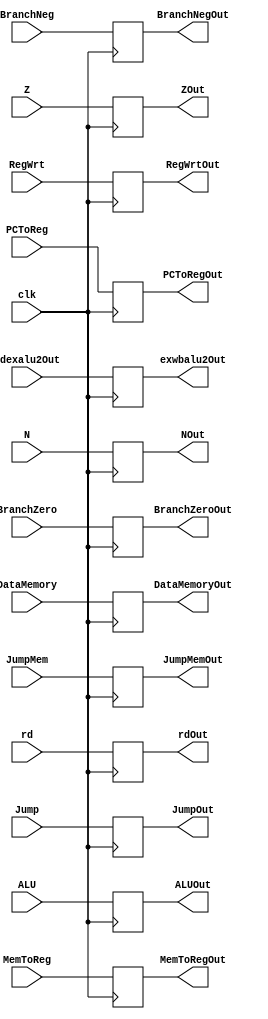
`timescale 1ns / 1ps
//////////////////////////////////////////////////////////////////////////////////
// Company: 
// Engineer: 
// 
// Design Name: 
// Module Name: exwb
// Project Name: 
// Target Devices: 
// Tool Versions: 
// Description: 
// 
// Dependencies: 
// 
// Revision:
// Revision 0.01 - File Created
// Additional Comments:
// 
//////////////////////////////////////////////////////////////////////////////////


module exwb(DataMemory,DataMemoryOut,ALU,ALUOut, clk,N,Z,RegWrt,MemToReg,PCToReg,BranchNeg,BranchZero,Jump,JumpMem,NOut,ZOut,RegWrtOut,MemToRegOut,PCToRegOut,BranchNegOut,BranchZeroOut,JumpOut,JumpMemOut,rd,rdOut,idexalu2Out,exwbalu2Out);


input clk;
input N;
input Z;
input RegWrt;
input MemToReg;
input PCToReg;
input BranchNeg;
input BranchZero;
input Jump;
input JumpMem;
input [5:0] rd;
input [31:0] ALU;
input [31:0]DataMemory;
input [31:0]idexalu2Out;

output reg [31:0]exwbalu2Out;
output reg NOut;
output reg ZOut;
output reg RegWrtOut;
output reg MemToRegOut;
output reg PCToRegOut;
output reg BranchNegOut;
output reg BranchZeroOut;
output reg JumpOut;
output reg JumpMemOut;
output reg  [5:0] rdOut;
output reg [31:0] ALUOut;
output reg [31:0] DataMemoryOut;

always@(posedge clk)
begin
NOut=N;
ZOut=Z;
RegWrtOut=RegWrt;
MemToRegOut=MemToReg;
PCToRegOut=PCToReg;
BranchNegOut=BranchNeg;
BranchZeroOut=BranchZero;
JumpOut=Jump;
JumpMemOut=JumpMem;
rdOut=rd;
ALUOut=ALU;
DataMemoryOut=DataMemory;
exwbalu2Out=idexalu2Out;

end
endmodule